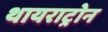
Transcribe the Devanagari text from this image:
थायराट्रोन